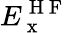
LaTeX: E_{\mathrm{~x~}}^{\mathrm{~H~F~}}